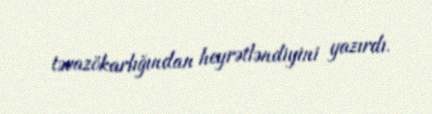
təvazökarlığından heyrətləndiyini yazırdı.